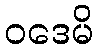
ဝဒေမိ